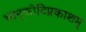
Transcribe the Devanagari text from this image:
भानुकोटिप्रकाशम्